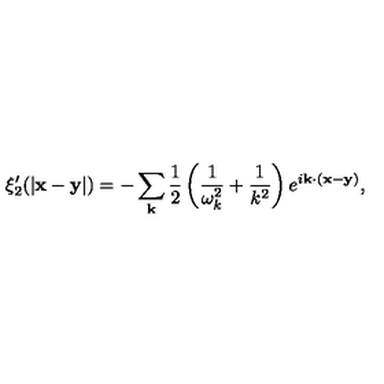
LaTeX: \xi _ { 2 } ^ { \prime } ( | { \bf x - y } | ) = - \sum _ { \bf k } \frac { 1 } { 2 } \left( \frac { 1 } { \omega _ { k } ^ { 2 } } + \frac { 1 } { k ^ { 2 } } \right) e ^ { i { \bf k \cdot ( x - y ) } } ,